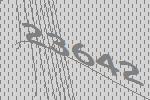
23642